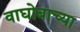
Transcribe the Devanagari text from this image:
वाघोबाच्या